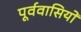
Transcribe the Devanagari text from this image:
पूर्ववासियों